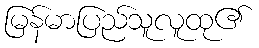
မြန်မာပြည်သူလူထု၏